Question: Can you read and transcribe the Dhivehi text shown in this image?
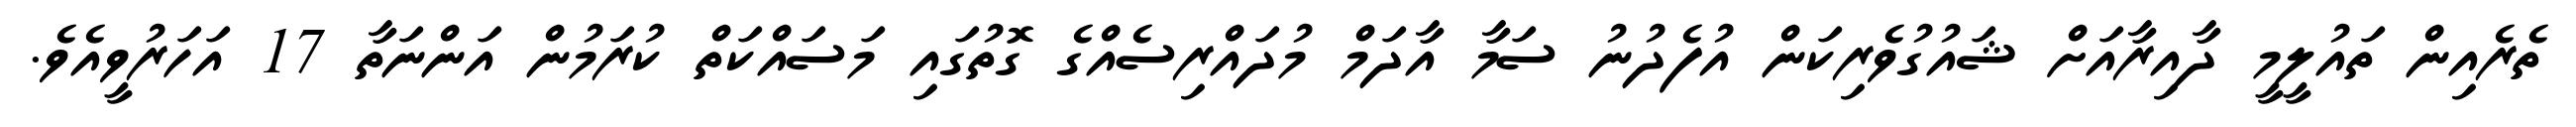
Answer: ތެރެއިން ތައުލީމީ ދާއިރާއަށް ޝައުގުވެރިކަން އުފެދުނު ސަމާ އާދަމް މުދައްރިސެއްގެ ގޮތުގައި މަސައްކަތް ކުރަމުން އަންނަތާ 17 އަހަރުވީއެވެ.